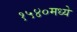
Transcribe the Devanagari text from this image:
१५४०मध्ये